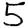
Digit: 5